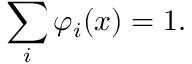
\sum _ { i } \varphi _ { i } ( x ) = 1 .